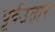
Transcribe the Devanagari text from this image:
पूर्वउतार